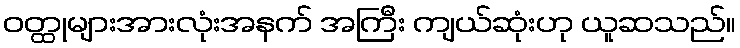
ဝတ္ထုများအားလုံးအနက် အကြီး ကျယ်ဆုံးဟု ယူဆသည်။